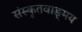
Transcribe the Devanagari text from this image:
संस्कृतवाङ्‌मय